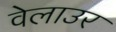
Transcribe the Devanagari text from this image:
वेलाउर